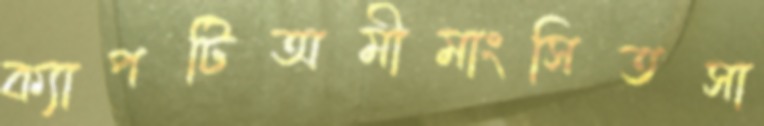
ক্যাপটিঅমীমাংসিতসা